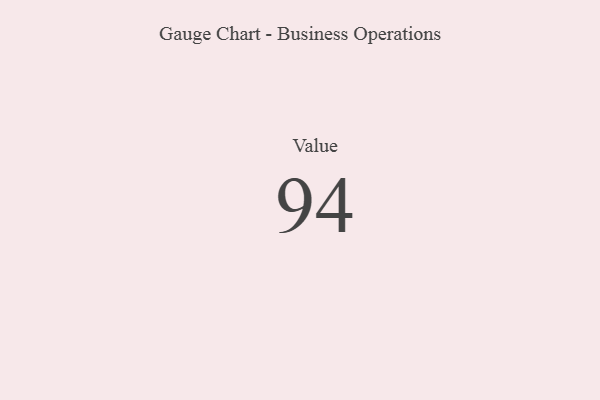
{"axis": {"x": "Metric", "y": "Value"}, "legend": [""], "data": [{"x": "Value", "y": 94, "type": ""}]}